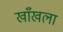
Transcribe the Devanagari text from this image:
खाँखला